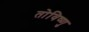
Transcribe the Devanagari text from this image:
तोविष्णु